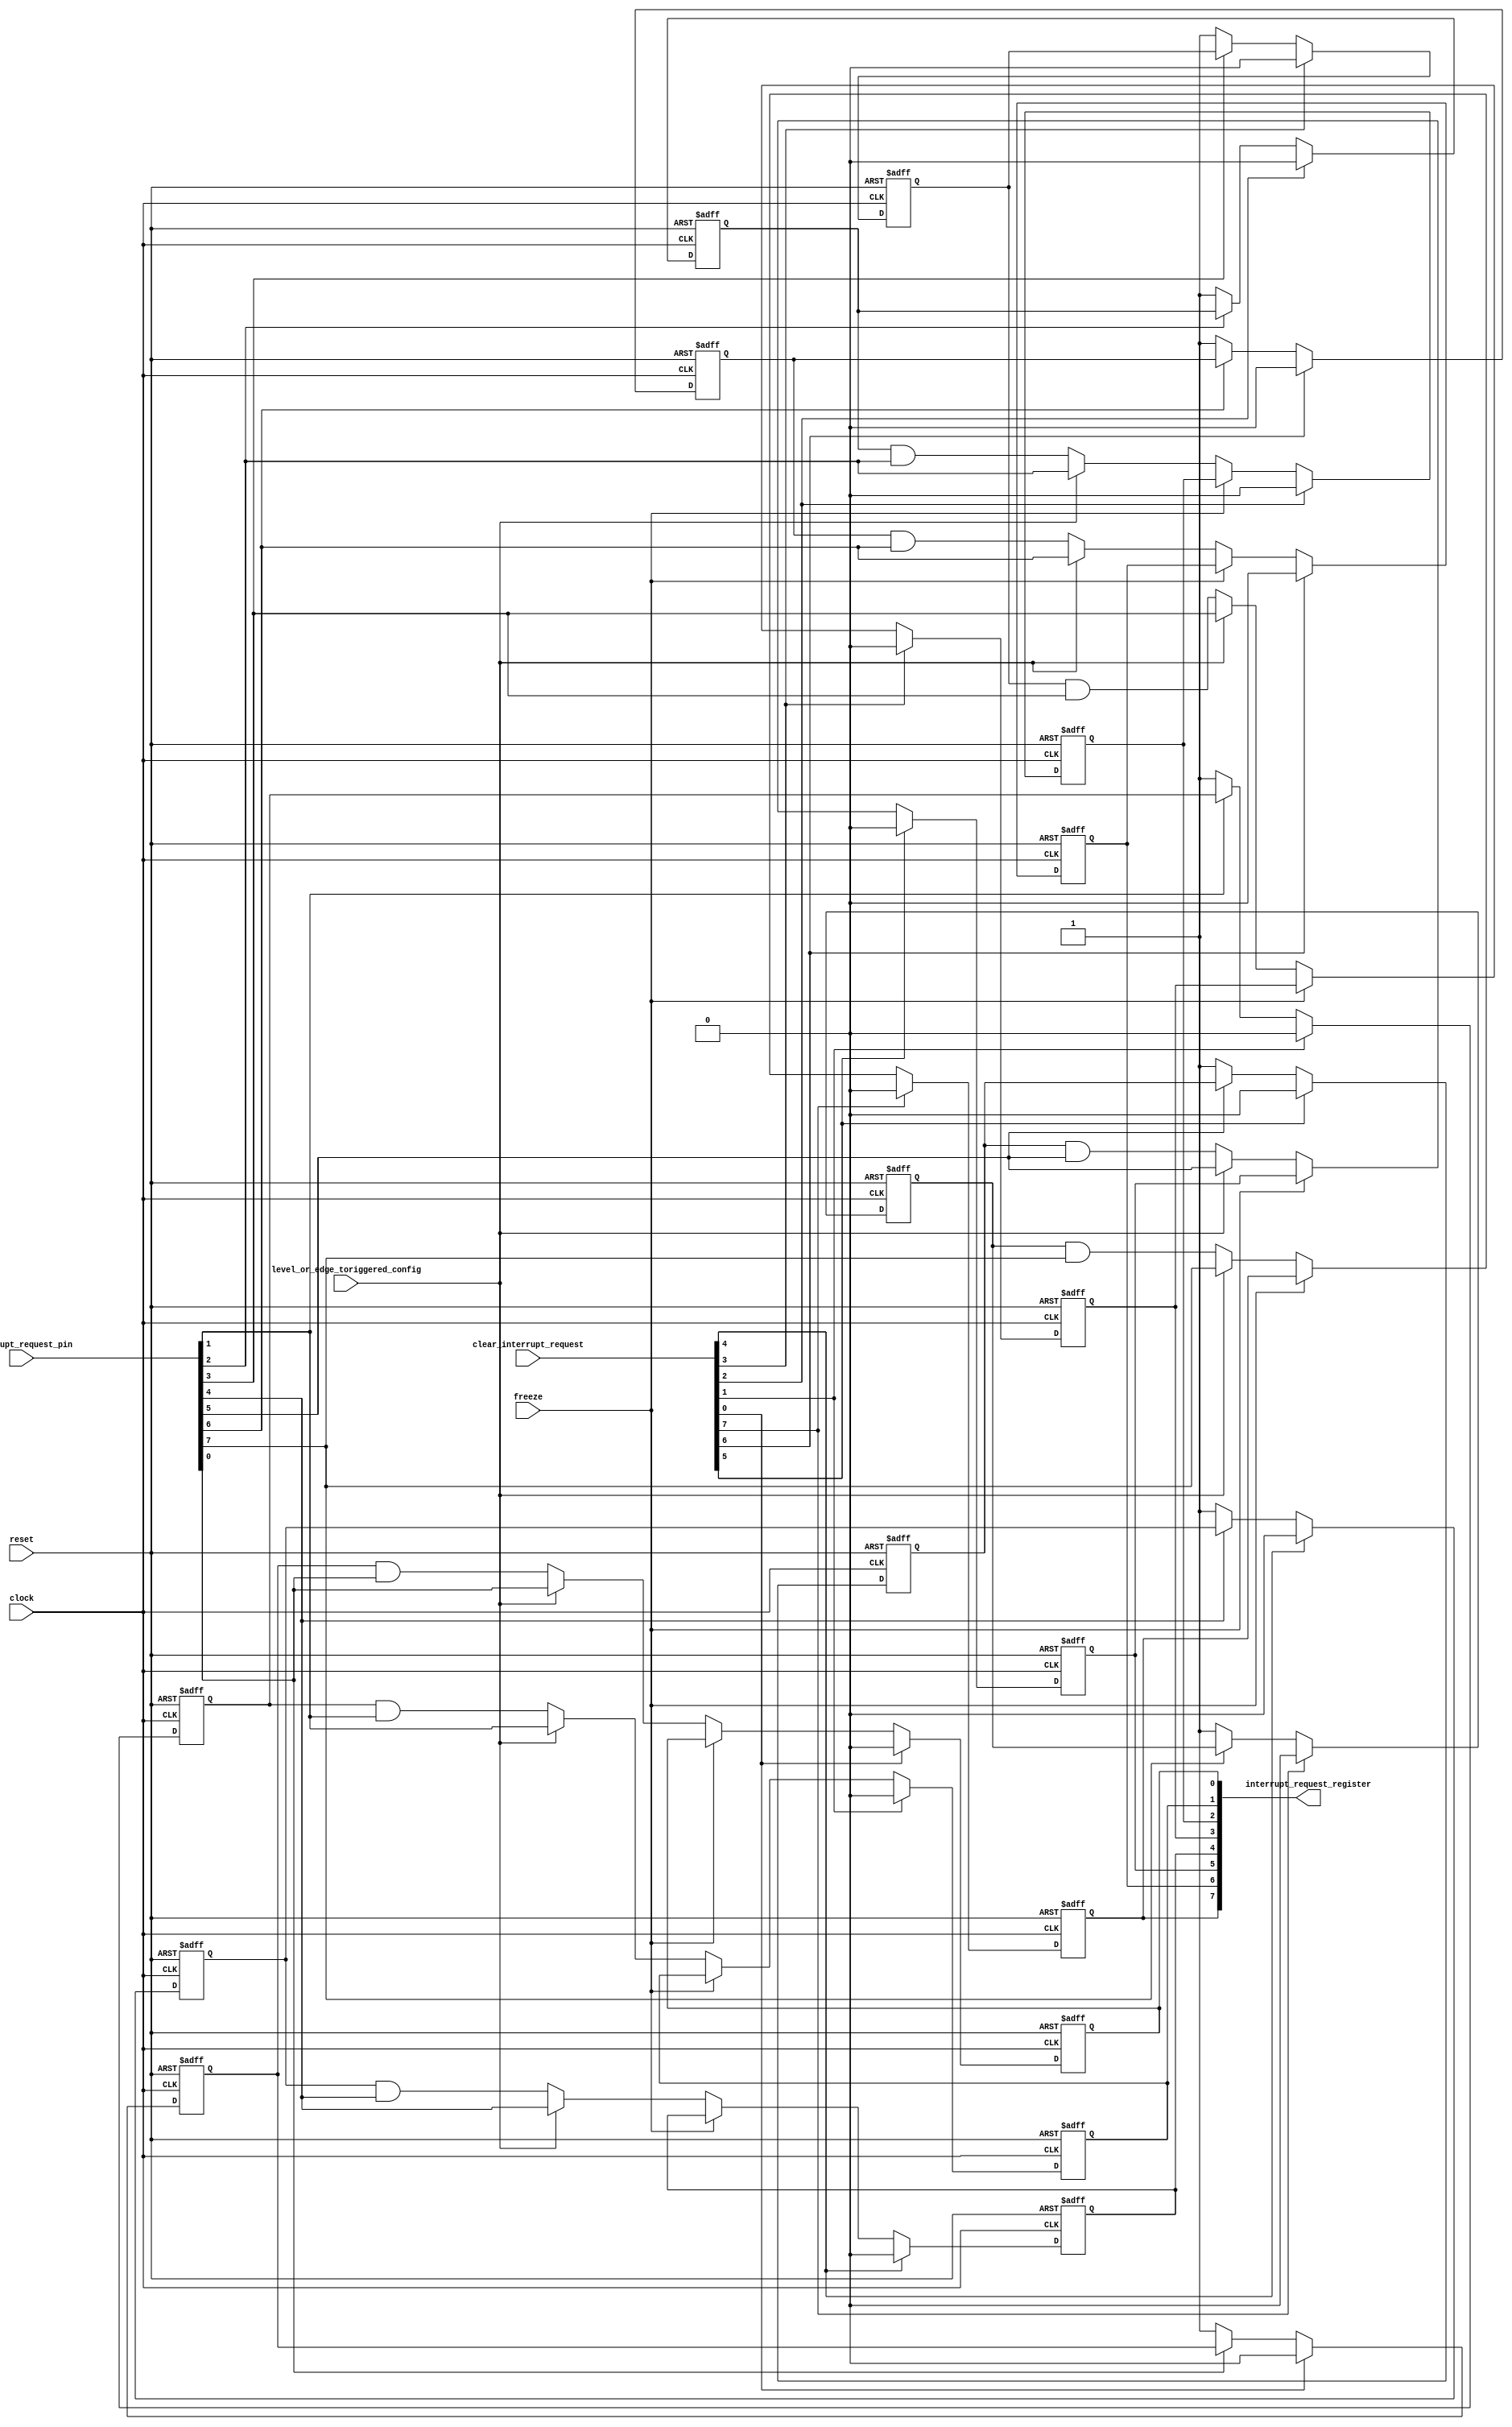
`default_nettype none

module KF8259_Interrupt_Request (
	input		wire					clock,
	input		wire					reset,
	input		wire					level_or_edge_toriggered_config,
	input		wire					freeze,
	input		wire	[7:0]			clear_interrupt_request,
	input		wire	[7:0]			interrupt_request_pin,
	output	reg	[7:0]			interrupt_request_register
	);

	reg [7:0] low_input_latch;
	wire [7:0] interrupt_request_edge;
	genvar ir_bit_no;
	generate
		for (ir_bit_no = 0; ir_bit_no <= 7; ir_bit_no = ir_bit_no + 1) begin : Request_Latch
			always @(posedge clock or posedge reset)
				if (reset)
					low_input_latch[ir_bit_no] <= 1'b0;
				else if (clear_interrupt_request[ir_bit_no])
					low_input_latch[ir_bit_no] <= 1'b0;
				else if (~interrupt_request_pin[ir_bit_no])
					low_input_latch[ir_bit_no] <= 1'b1;
				else
					low_input_latch[ir_bit_no] <= low_input_latch[ir_bit_no];
			assign interrupt_request_edge[ir_bit_no] = (low_input_latch[ir_bit_no] == 1'b1) & (interrupt_request_pin[ir_bit_no] == 1'b1);
			always @(posedge clock or posedge reset)
				if (reset)
					interrupt_request_register[ir_bit_no] <= 1'b0;
				else if (clear_interrupt_request[ir_bit_no])
					interrupt_request_register[ir_bit_no] <= 1'b0;
				else if (freeze)
					interrupt_request_register[ir_bit_no] <= interrupt_request_register[ir_bit_no];
				else if (level_or_edge_toriggered_config)
					interrupt_request_register[ir_bit_no] <= interrupt_request_pin[ir_bit_no];
				else
					interrupt_request_register[ir_bit_no] <= interrupt_request_edge[ir_bit_no];
		end
	endgenerate
endmodule